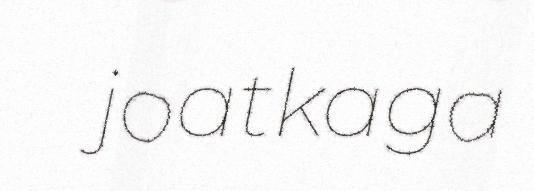
joatkaga